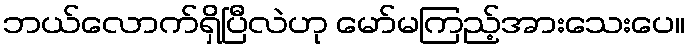
ဘယ်လောက်ရှိပြီလဲဟု မော်မကြည့်အားသေးပေ။